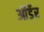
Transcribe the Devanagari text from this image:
ऑर्डेर